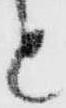
と